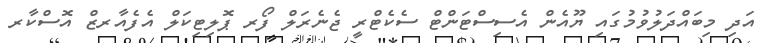
އަދި މިބައްދަލުވުމުގައި ޔޫއެން އެސިސްޓަންޓް ސެކެޓްރީ ޖެނެރަލް ފޯރ ޕޮލިޓިކަލް އެފެއާރޒް އޮސްކާރ